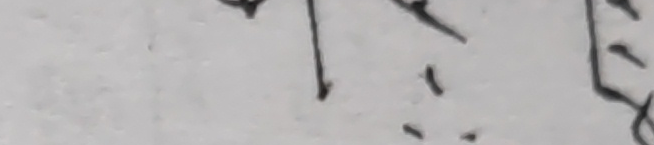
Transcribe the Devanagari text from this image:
द